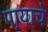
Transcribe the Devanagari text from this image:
पार्‍याचे